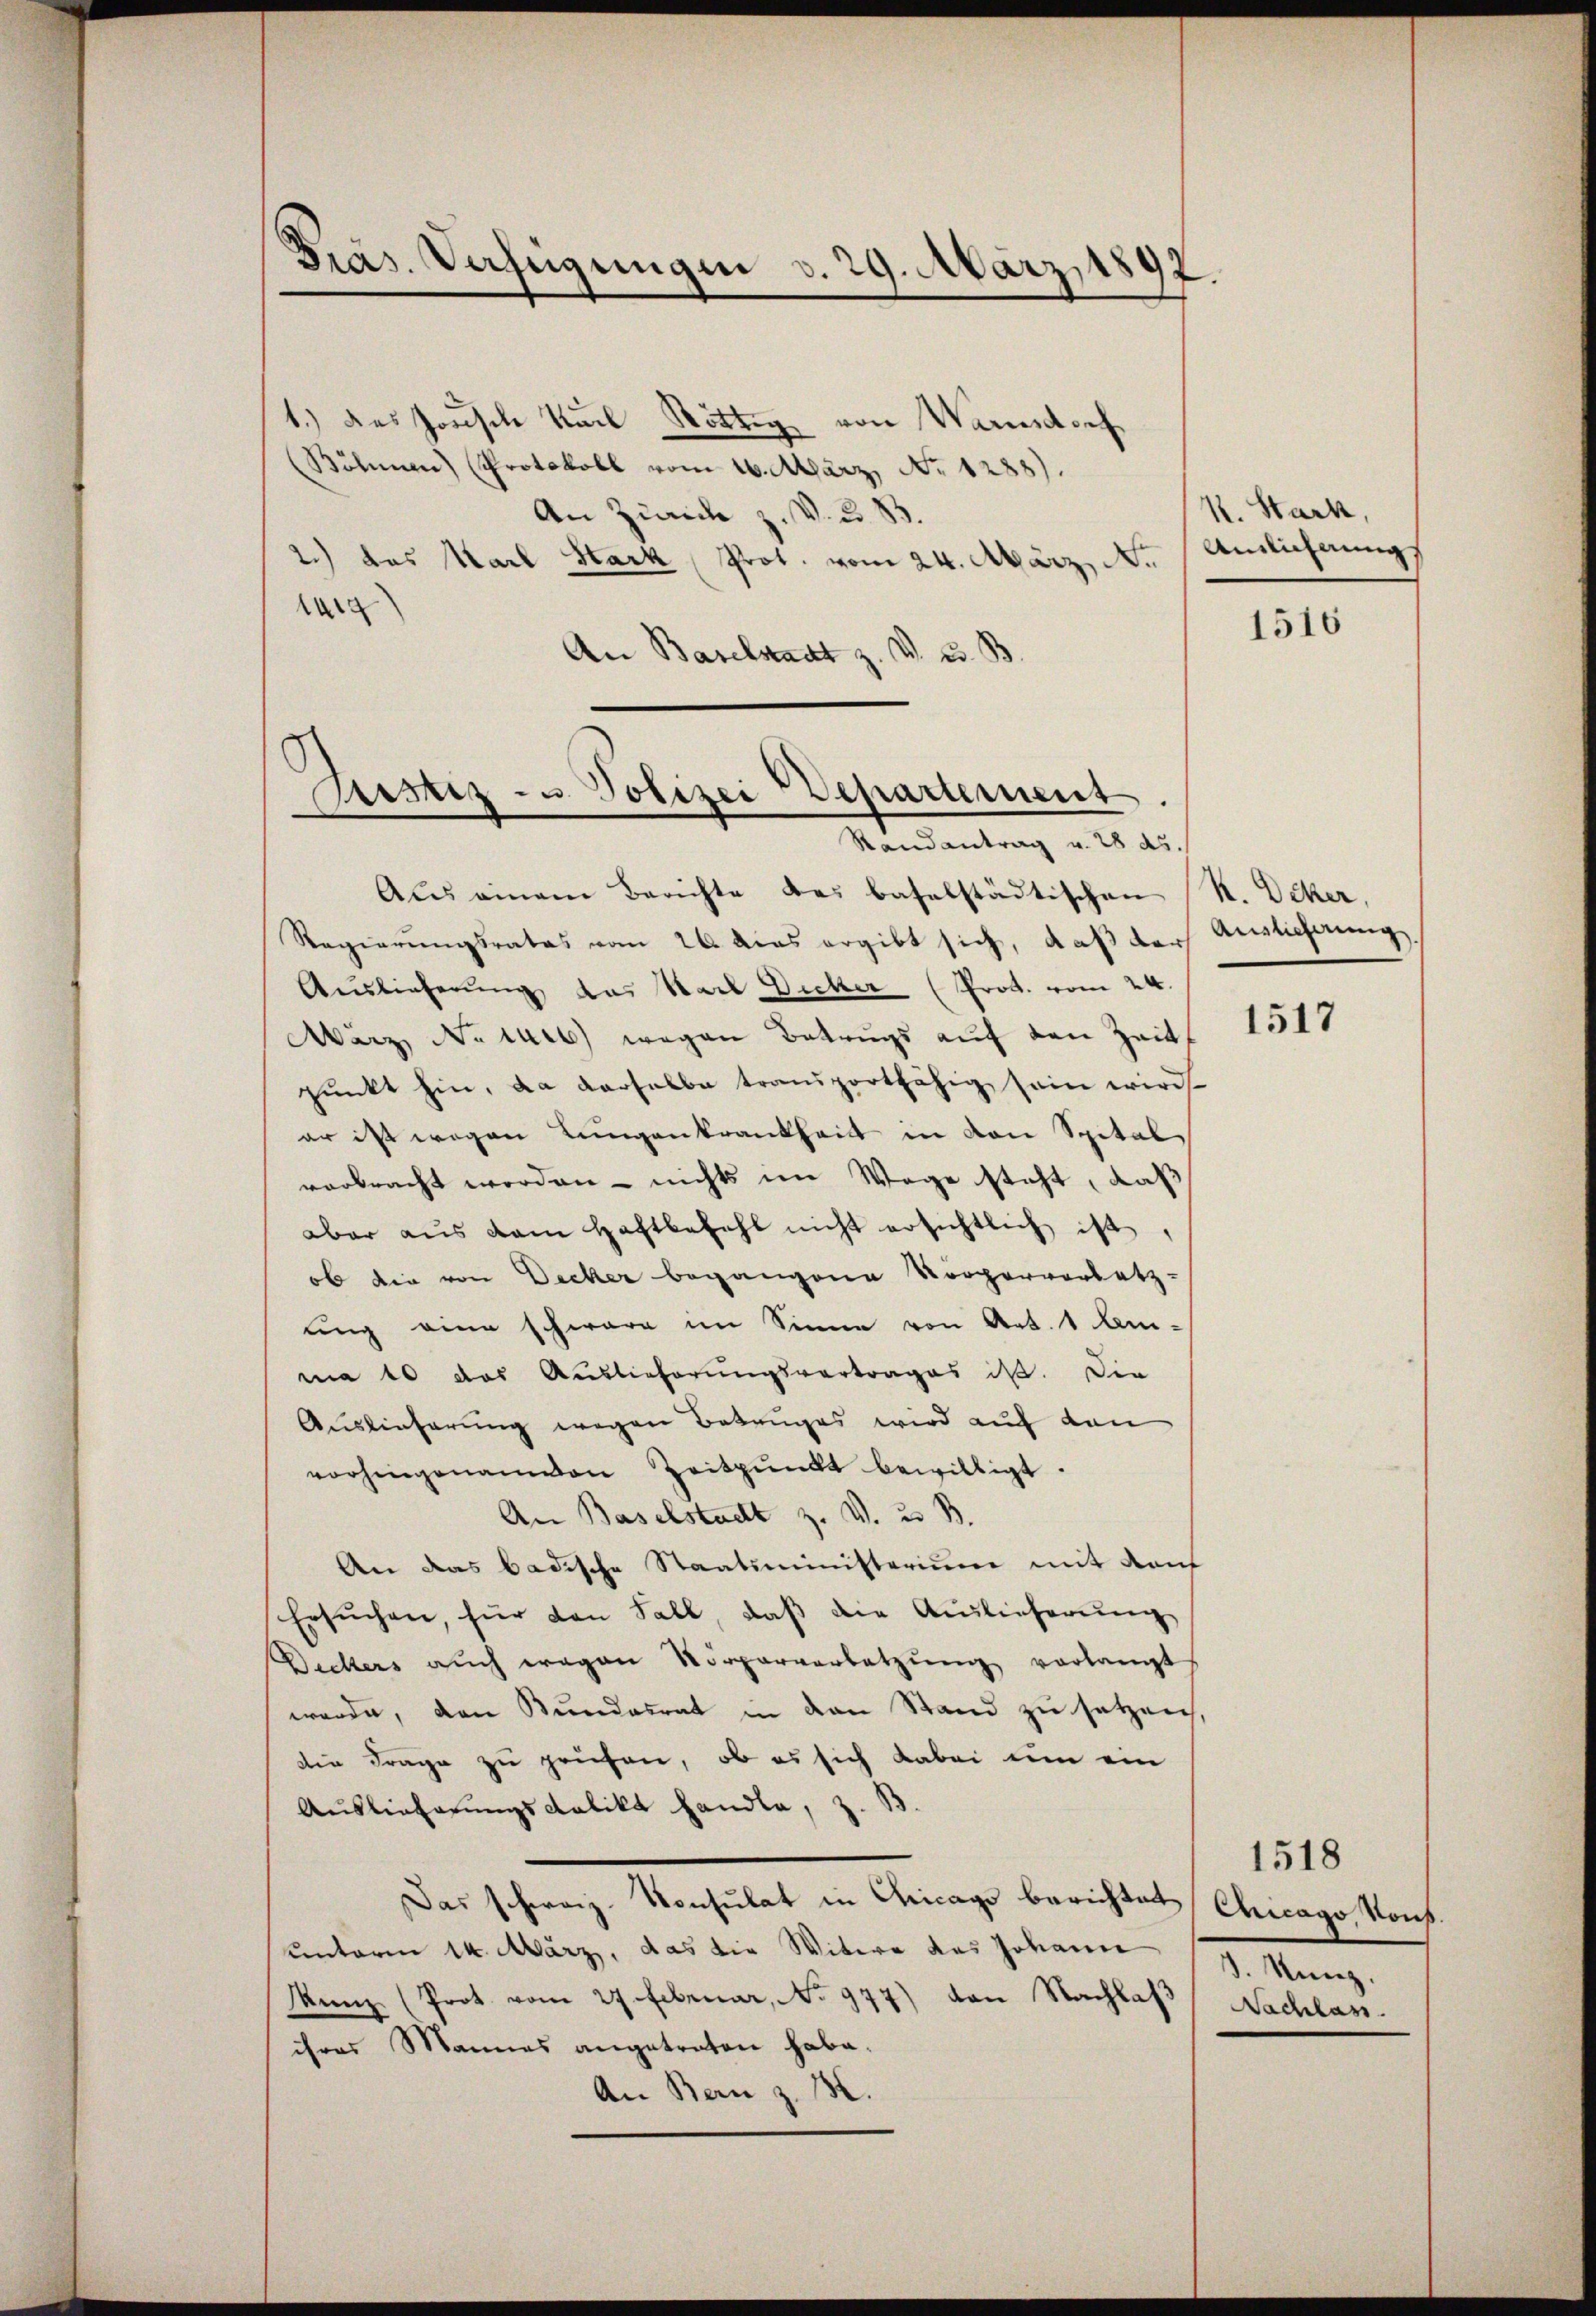
Pras. Verfügungen v. 29. März 1892.

1.) Das horische Karl Nöthig von Warndorf
Böhmen (Protokoll vom 16. März, No 1288).
An Ziaich z. V. d. B.
2.) das Karl Stark, Prot. vom 24. März, N.
Aarg
An Baselstadt z. v. u. B

Astiz- u. Polizei Departement.
Man antrag als di

Aus einem Berichte des baselstädtischen (R. Ocker,
Regierungsrates vom 26. dies ergibt sich, daß der Auslicherung
Auslieferung das Nach Dicker (Prot. vom 24.
März Notars wegen Betrugs auf den Zeit
punkt hin, da derselbe transportfähig sein wird
er ist wegen Lungenkrankheit in den Spital
verbracht worden - nichts im Wege steht, daß
aber aŭs dem Haftbezahl nicht ersichtlich ist,
ob die von Decker begangene Körperversetz-
ung eine schwäre im Sinne von Art. 1 Am-
ma 10 das Auslieferungsvertrages ist. Die
Auslieferung wegen Betruges wird auf den
vorhingenamten Zeitpunkt bewilligt.
An Baselstadt z. V. u. B.
An das badische Staatsministerium mit dem
Ersŭchen, für den Fall, daß die Auslieferung
Beckers auch wegen Vorparverbetzŭng verlangt
werde, den Bundesrat in den Stand zu setzen,
die Frage zu prüfen, ob es sich dabei um ein
Auslieferungskalikt handle, z. B.
Das schweiz. Konsulat in Chicags berichtet
unterm 14. März, das die Witwe des Johann
Kunz (Prot. vom 27. Februar, No 977) von Nachlaß
ihres Mannes angetreten habe.
An Bern z. B.

k. Stack,
Ainlichnung

1516

1517

1518
Chicago Vons.
d. Nunz.
Nachlas